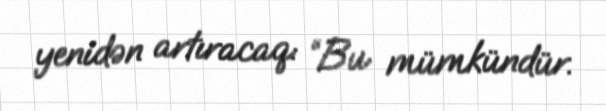
yenidən artıracaq: “Bu mümkündür.